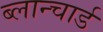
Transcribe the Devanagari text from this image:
ब्लान्चार्ड